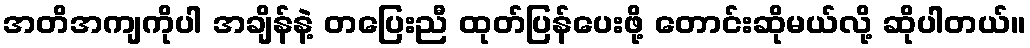
အတိအကျကိုပါ အချိန်နဲ့ တပြေးညီ ထုတ်ပြန်ပေးဖို့ တောင်းဆိုမယ်လို့ ဆိုပါတယ်။